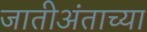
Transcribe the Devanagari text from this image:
जातीअंताच्या